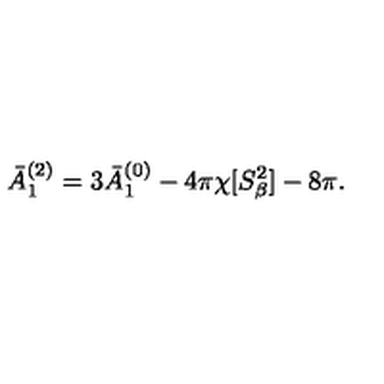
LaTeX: \bar { A } _ { 1 } ^ { ( 2 ) } = 3 \bar { A } _ { 1 } ^ { ( 0 ) } - 4 \pi \chi [ S _ { \beta } ^ { 2 } ] - 8 \pi .